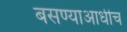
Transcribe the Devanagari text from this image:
बसण्याआधीच